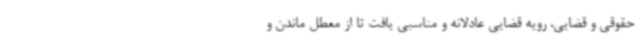
حقوقی و قضایی، رویه قضایی عادلانه و مناسبی یافت تا از معطل ماندن و